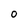
Character: 0